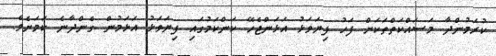
ކުރަމުންދާ މަސައްކަތްތަކަށް ފަހު ފިޔަވަޅު އަޅަންޖެހޭ ކަންކަމުގައި ފިޔަވަޅު އަޅަމުން ގެންދާނެ ކަމަށެވެ.